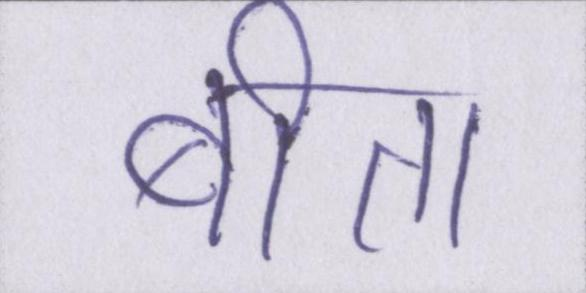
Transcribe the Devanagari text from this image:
बीता